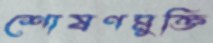
শোষণমুক্তি